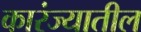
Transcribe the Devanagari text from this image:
कारंज्यातील